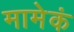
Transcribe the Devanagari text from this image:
मामेकं